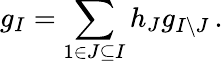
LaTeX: g_{I}=\sum_{1\in J\subseteq I}h_{J}g_{I\setminus J}\, .